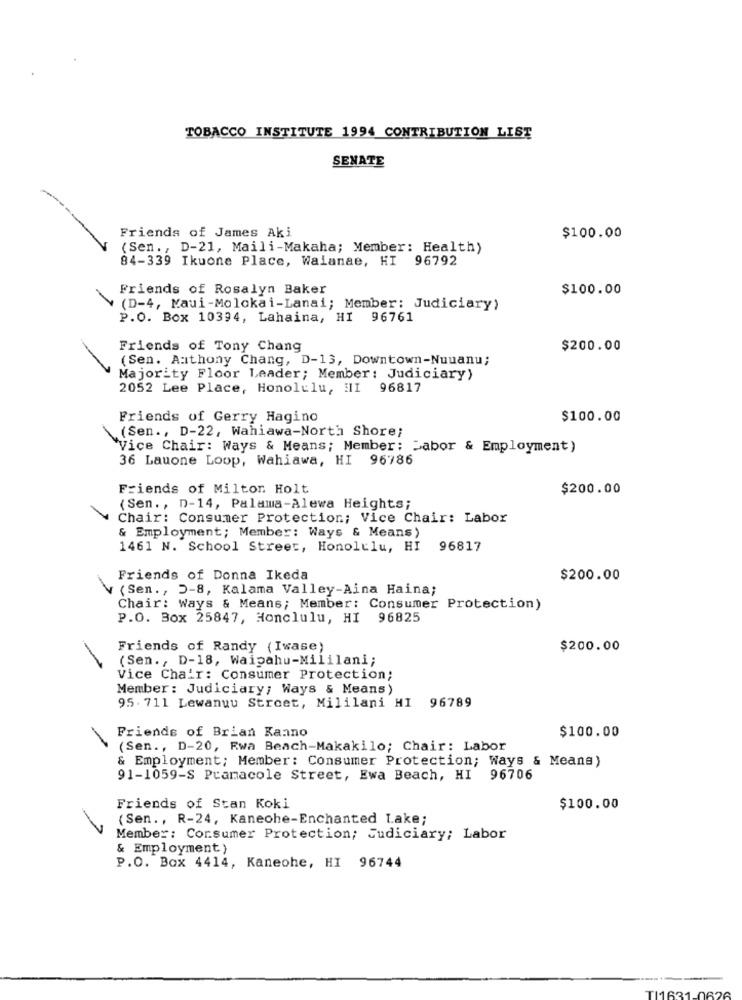
TOBACCO INSTITUTE 1994 CONTRIBUTION LIST
SENATE
Friends of James Aki
$100.00
(Sen ., D-21, Maili-Makaha; Member: Health)
84-339 Ikuone Place, Walanae, HI 96792
Friends of Rosalyn Baker
$100.00
(D-4, Maui-Molokai-Lanai; Member: Judiciary)
P.O. Box 10394, Lahaina, HI 96761
Friends of Tony Chang
$200.00
(Sen. Anthony Chang, D-13, Downtown-Nuuanu;
Majority Floor Leader; Member: Judiciary)
2052 Lee Place, Honolulu, III 96817
Friends of Gerry Hagino
$100.00
(Sen ., D-22, Wahiawa-North Shore;
Vice Chair: Ways & Means; Member: Sabor & Employment)
36 Lauone Loop, Wahiawa, HI 96786
Friends of Milton Holt
$200.00
(Sen ., D-14, Palama-Alewa Heights;
Chair: Consumer Protection; Vice Chair: Labor
& Employment; Member: Ways & Means)
1461 N. School Street, Honolulu, HI
96817
Friends of Donna Ikeda
$200.00
(Sen ., 5-8, Kalama Valley-Aina Haina;
Chair: Ways & Means; Member: Consumer Protection)
P.O. Box 25847, Honolulu, HI 96825
Friends of Randy (Iwase)
$200.00
(Sen ., D-18, Waipahu-Mililani;
-
Vice Chair: Consumer Protection;
Member: Judiciary; Ways & Means)
95. 711 Lewanuu Street, Mililani HI 96789
$100.00
Friends of Brian Kanno
-
(Sen ., D-20, Ewa Beach-Makakilo; Chair: Labor
& Employment; Member: Consumer Protection; Ways & Means)
91-1059-S Pramacole Street, Ewa Beach, HI 96706
Friends of Stan Koki
$100.00
(Sen ., R-24, Kaneohe-Enchanted Lake;
Member: Consumer Protection; Judiciary; Labor
& Employment }
P.O. Box 4414, Kaneohe, HI 96744
626